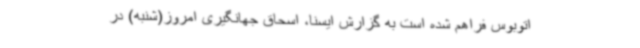
اتوبوس فراهم شده است به گزارش ایسنا، اسحاق جهانگیری امروز(شنبه) در